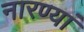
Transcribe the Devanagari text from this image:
नारण्यां